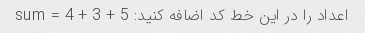
اعداد را در این خط کد اضافه کنید: sum = 4 + 3 + 5